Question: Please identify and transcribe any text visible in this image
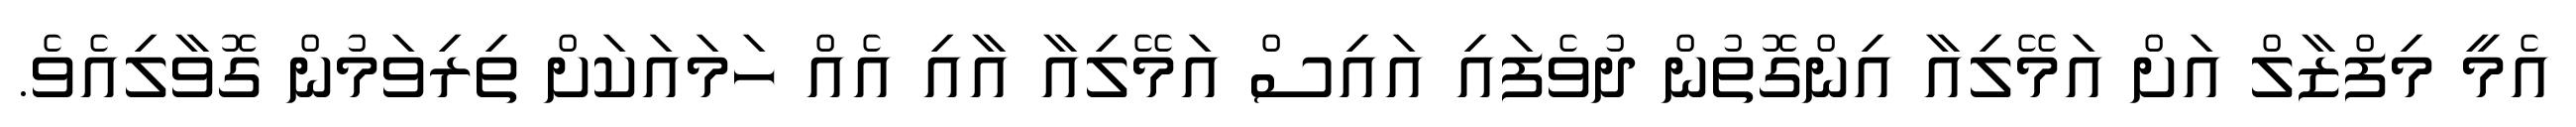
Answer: އެމީ މިފްޒާލް އަށް އަމޭލިއާ އިންގޮތުން ދުވެފައި އައިސް އަމޭލިއާ އާއި އެއް ހަމައަކަށް ތިރިވަމުން ގޮވާލިއެވެ.